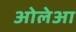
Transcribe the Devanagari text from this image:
ओलेआ